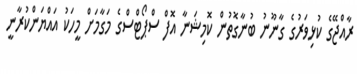
ރާއްޖޭގެ ކުޅިވަރުގެ ގާނޫނު ބުނާގޮތުން ކޮމިޝަނާ އޮފް ސްޕޯޓްސްގެ މަގާމަށް މީހަކު އައްޔަންކުރާނީ